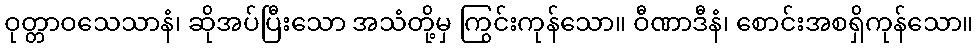
ဝုတ္တာဝသေသာနံ၊ ဆိုအပ်ပြီးသော အသံတို့မှ ကြွင်းကုန်သော။ ဝီဏာဒီနံ၊ စောင်းအစရှိကုန်သော။